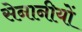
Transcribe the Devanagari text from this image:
सेनानीयों